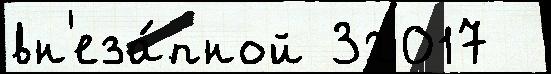
вн'еза́пной 32017